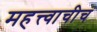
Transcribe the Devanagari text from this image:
महत्त्वाचीच